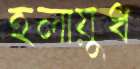
হলায়ুধ